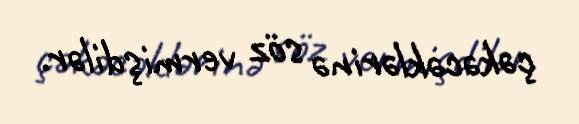
çəkəcəklərinə söz vermişdilər.